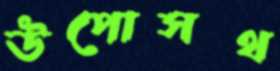
উপোসথ